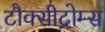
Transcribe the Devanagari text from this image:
टौक्सीद्रोम्स